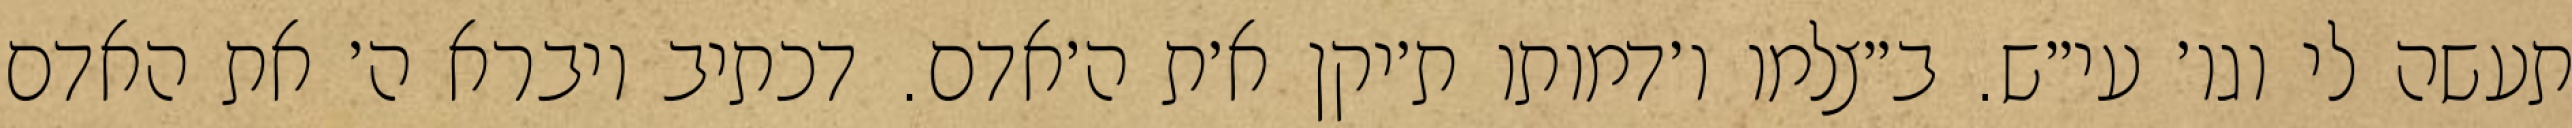
תעשה לי וגו׳ עי״ש. ב״צלמו ו׳דמותו ת׳יקן א׳ת ה׳אדם. דכתיב ויברא ה׳ את האדם